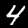
Digit: 4